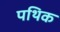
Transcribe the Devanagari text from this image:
पथिक